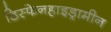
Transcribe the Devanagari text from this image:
डिस्फेनहाइड्रामीन